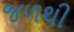
જળથી